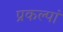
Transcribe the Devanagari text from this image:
प्रकल्पां